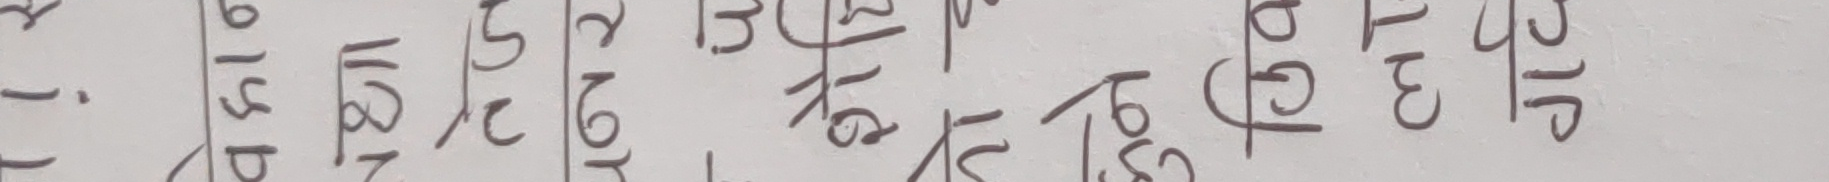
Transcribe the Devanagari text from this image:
१. ७७प ७८८१ ७८८२ १३/१६ ७८८५ ७८८६ ८०/५० ८३३ ४५०